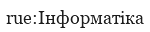
rue:Інформатіка